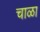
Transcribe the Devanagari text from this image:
चाळा